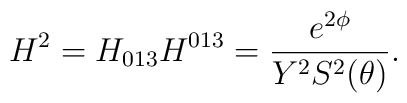
H^2=H_{013}H^{013}=\frac{e^{2\phi }}{Y^2S^2(\theta )}.